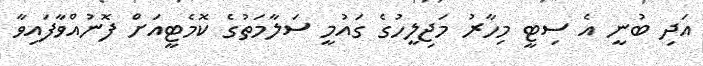
އަދި ބުނީ އެ ސިޓީ މިހާރު މަޖިލީހުގެ ގައުމީ ސަލާމަތުގެ ކޮމެޓީއަށް ފޮނުއްވާފައިވާ